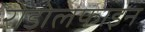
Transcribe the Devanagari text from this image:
रोडोलफाइन